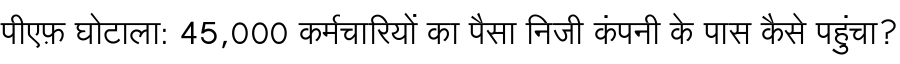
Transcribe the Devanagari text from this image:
पीएफ़ घोटाला: 45,000 कर्मचारियों का पैसा निजी कंपनी के पास कैसे पहुंचा?